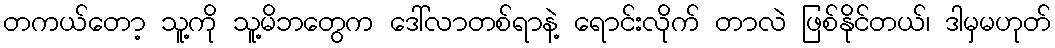
တကယ်တော့ သူ့ကို သူ့မိဘတွေက ဒေါ်လာတစ်ရာနဲ့ ရောင်းလိုက် တာလဲ ဖြစ်နိုင်တယ်၊ ဒါမှမဟုတ်